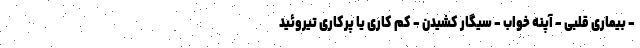
- بیماری قلبی - آپنه خواب - سیگار کشیدن - کم کاری یا پرکاری تیروئید